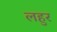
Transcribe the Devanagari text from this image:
लहुर